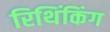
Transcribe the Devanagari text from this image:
रिथिंकिंग